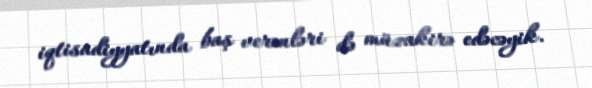
iqtisadiyyatında baş verənləri də müzakirə edəcəyik.